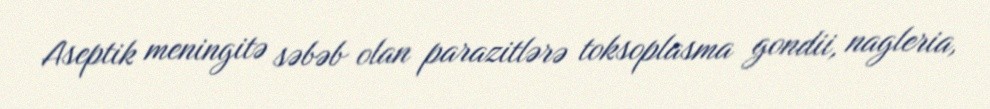
Aseptik meningitə səbəb olan parazitlərə toksoplasma gondii, nagleria,